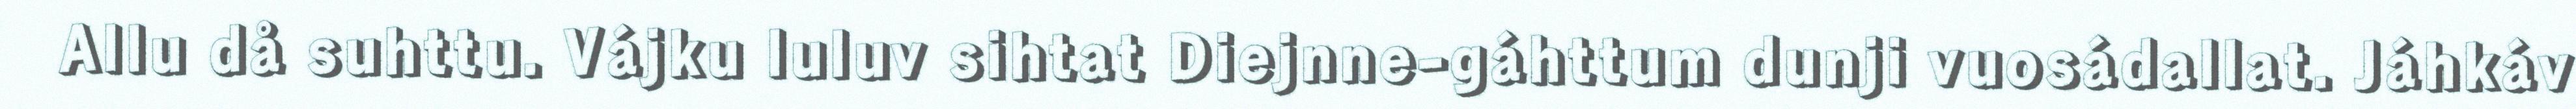
Allu då suhttu. Vájku luluv sihtat Diejnne-gáhttum dunji vuosádallat. Jáhkáv